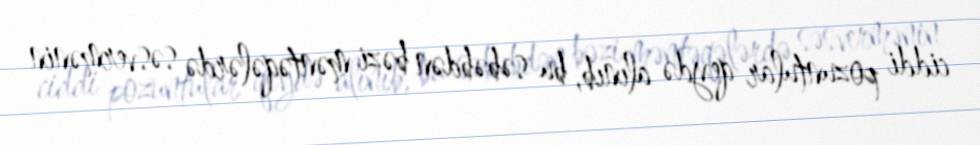
ciddi pozuntular qeydə alınıb, bu səbəbdən bəzi məntəqələrdə səsvermənin